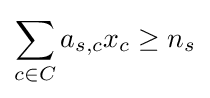
\sum _{c\in C}a_{s,c}x_{c}\geq n_{s}